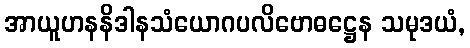
အာယူဟနနိဒါနသံယောဂပလိဗောဓဋ္ဌေန သမုဒယံ,